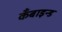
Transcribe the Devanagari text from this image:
कँबाइन्ड